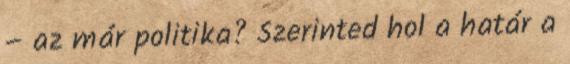
– az már politika? Szerinted hol a határ a